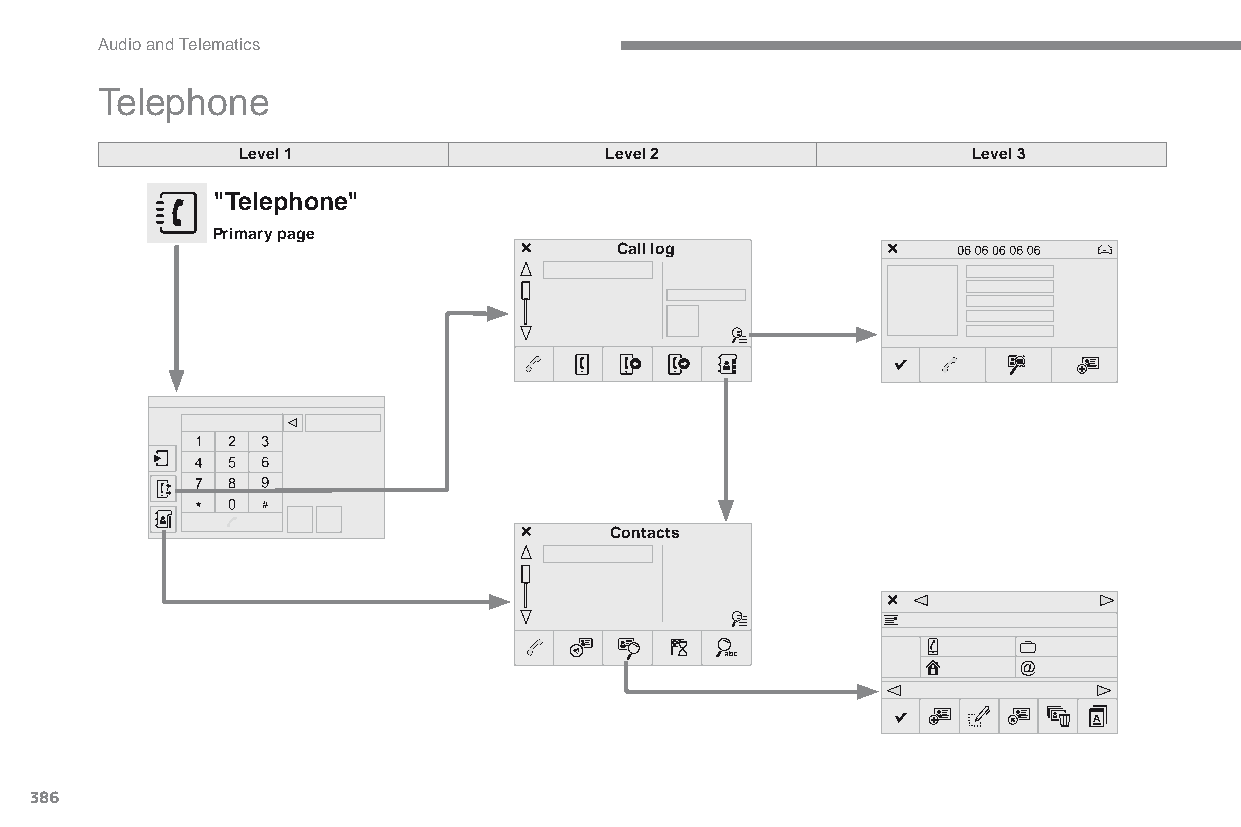
Audio and Telematics
 Telephone
 Level 1                 Level 2                 Level 3
 "Telephone"
 Primary page
 Call log
 Contacts
 386
 C4-Picasso-II_en_Chap10b_SMEGplus_ed01-2015